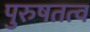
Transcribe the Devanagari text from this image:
पुरुषतत्व